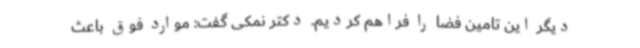
دیگر این تامین فضا را فراهم کردیم. دکتر نمکی گفت: موارد فوق باعث